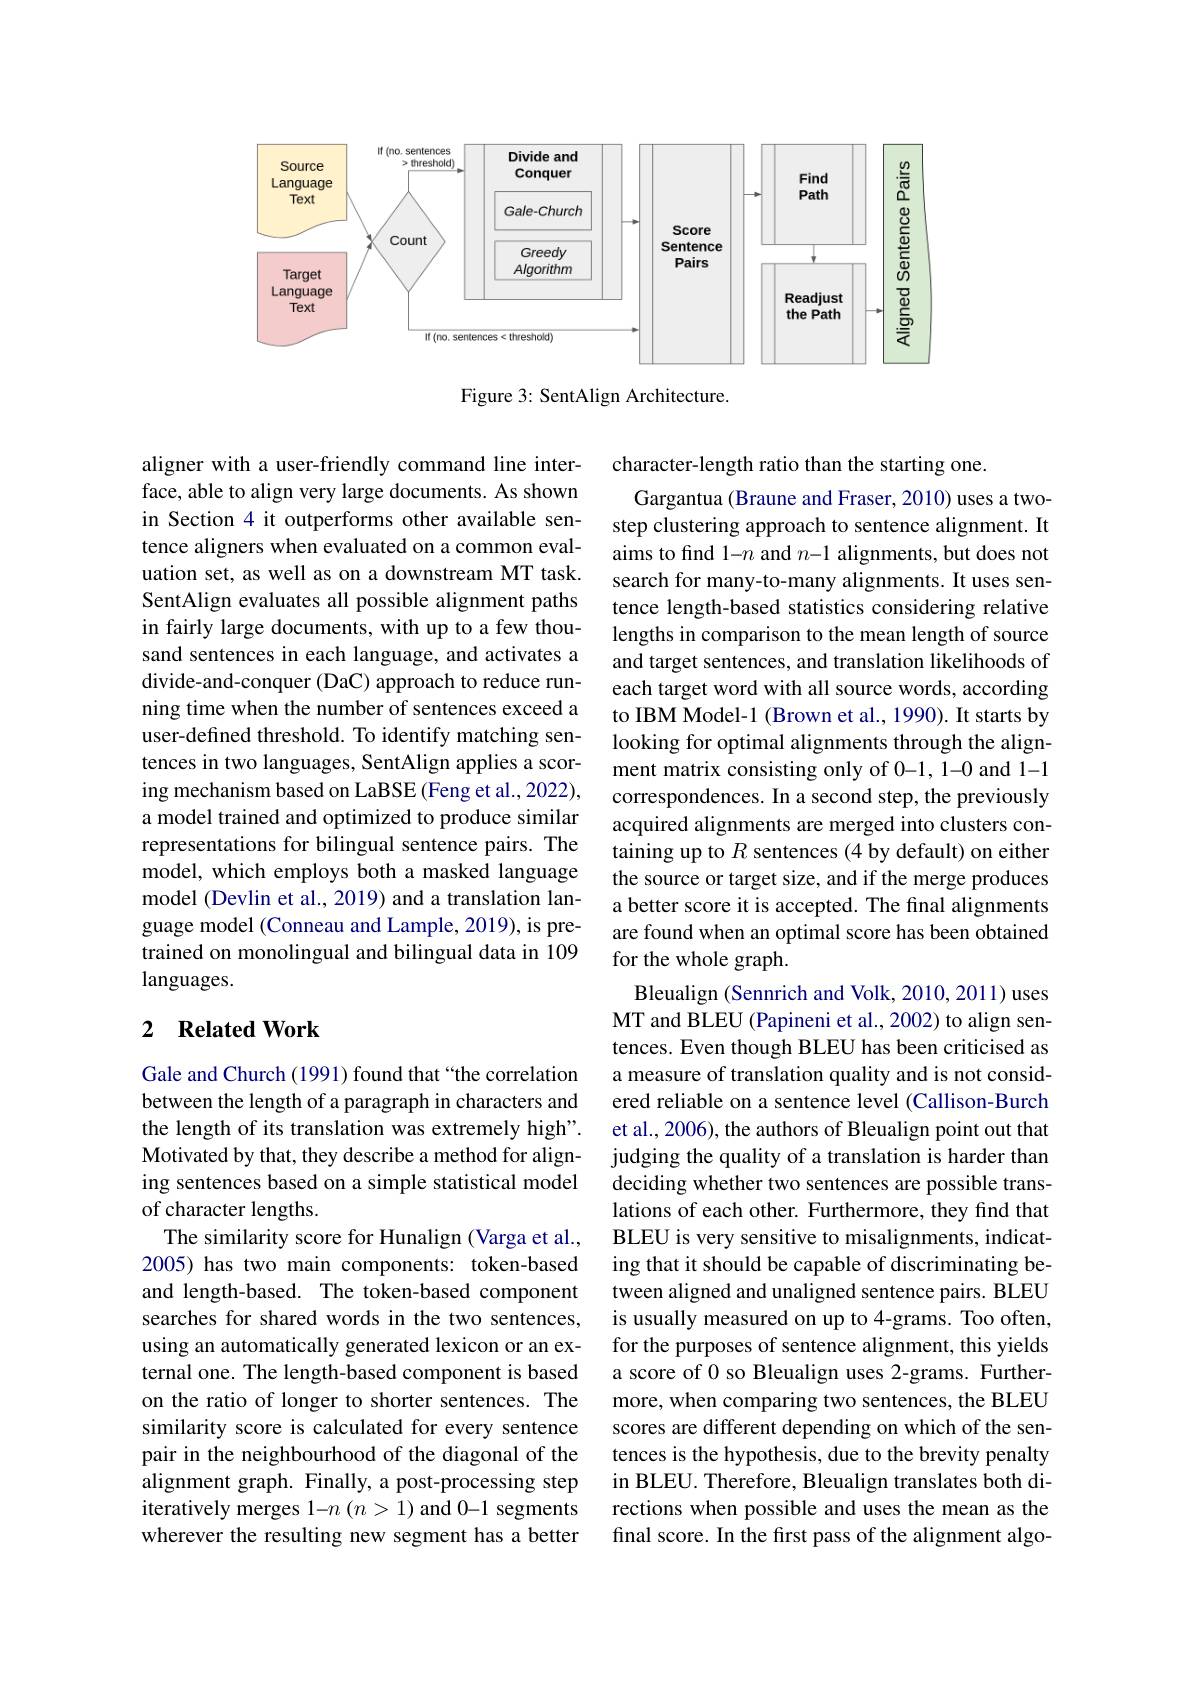
<FigureHere>

Figure 3: SentAlign Architecture.

aligner with a user-friendly command line interface, able to align very large documents. As shown in Section 4 it outperforms other available sentence aligners when evaluated on a common evaluation set, as well as on a downstream MT task. SentAlign evaluates all possible alignment paths in fairly large documents, with up to a few thousand sentences in each language, and activates a divide-and-conquer (DaC) approach to reduce running time when the number of sentences exceed a user-defined threshold. To identify matching sentences in two languages, SentAlign applies a scoring mechanism based on LaBSE (Feng et al., 2022), a model trained and optimized to produce similar representations for bilingual sentence pairs. The model, which employs both a masked language model (Devlin et al., 2019) and a translation language model (Conneau and Lample, 2019), is pretrained on monolingual and bilingual data in 109 languages.

character-length ratio than the starting one.
Gargantua (Braune and Fraser, 2010) uses a twostep clustering approach to sentence alignment. It aims to find 1-n and $n-1$ alignments, but does not search for many-to-many alignments. It uses sentence length-based statistics considering relative lengths in comparison to the mean length of source and target sentences, and translation likelihoods of each target word with all source words, according to IBM Model-1 (Brown et al., 1990). It starts by looking for optimal alignments through the alignment matrix consisting only of 0-1, 1-0 and 1-1 correspondences. In a second step, the previously acquired alignments are merged into clusters containing up to $R$ sentences (4 by default) on either the source or target size, and if the merge produces a better score it is accepted. The final alignments are found when an optimal score has been obtained for the whole graph.
Bleualign (Sennrich and Volk, 2010, 2011) uses MT and BLEU (Papineni et al., 2002) to align sentences. Even though BLEU has been criticised as a measure of translation quality and is not considered reliable on a sentence level (Callison-Burch et al., 2006), the authors of Bleualign point out that judging the quality of a translation is harder than deciding whether two sentences are possible translations of each other. Furthermore, they find that BLEU is very sensitive to misalignments, indicating that it should be capable of discriminating between aligned and unaligned sentence pairs. BLEU is usually measured on up to 4-grams. Too often, for the purposes of sentence alignment, this yields a score of 0 so Bleualign uses 2-grams. Furthermore, when comparing two sentences, the BLEU scores are different depending on which of the sentences is the hypothesis, due to the brevity penalty in BLEU. Therefore, Bleualign translates both directions when possible and uses the mean as the final score. In the first pass of the alignment algo-

## 2 $\textbf{Related Work}$

Gale and Church (1991) found that “the correlation between the length of a paragraph in characters and the length of its translation was extremely high". Motivated by that, they describe a method for aligning sentences based on a simple statistical model of character lengths.
The similarity score for Hunalign (Varga et al., 2005) has two main components: token-based and length-based. The token-based component searches for shared words in the two sentences, using an automatically generated lexicon or an external one. The length-based component is based on the ratio of longer to shorter sentences. The similarity score is calculated for every sentence pair in the neighbourhood of the diagonal of the alignment graph. Finally, a post-processing step iteratively merges 1-n (n>1) and 0-1 segments wherever the resulting new segment has a better